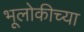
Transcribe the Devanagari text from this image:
भूलोकीच्या